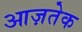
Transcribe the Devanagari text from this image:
आज़तेक